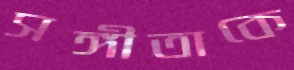
সঙ্গীতাকে